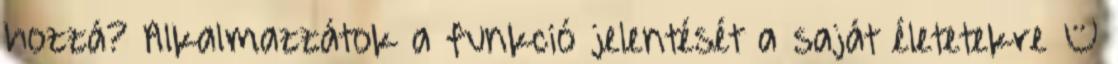
hozzá? Alkalmazzátok a funkció jelentését a saját életetekre –